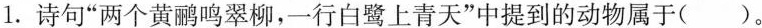
1.诗句”两个黄鹂鸣翠柳，一行白鹭上青天”中提到的动物属于（ ）。